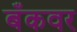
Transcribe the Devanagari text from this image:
बँकवर